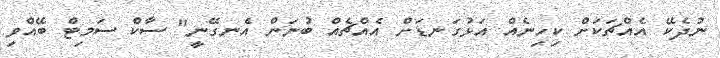
ނުދެކޭ އެއްޗަކަށް ކިހިނެއް އަޅުގަނޑަށް އެއްޗެއް ބުނަން އެނގޭނީ" ސާކް ސަމިޓް ބޭއްވި